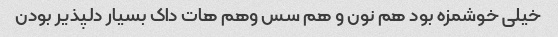
خیلی خوشمزه بود هم نون و هم سس وهم هات داک بسیار دلپذیر بودن